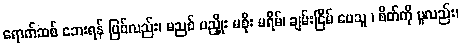
ရောက်ဆစ် ဘေးရန် ဖြစ်လည်း၊ မညစ် မညှိုး မစိုး မရိမ်၊ ချမ်းငြိမ် ပေသူ ၊ စိတ်ကို မူလည်း၊